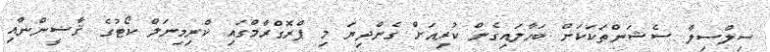
ސިލްސިލާ ސެޝަންތަކަކަށް ބަހާލައިގެން ކުރިއަށް ގެންދިޔަ މި ޕްރޮގްރާމްގައި ކްރިމިނަލް ކޯޓުގެ ޤާޟީންނާއި